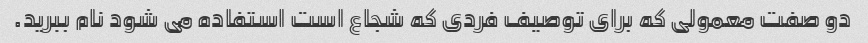
دو صفت معمولی که برای توصیف فردی که شجاع است استفاده می شود نام ببرید.